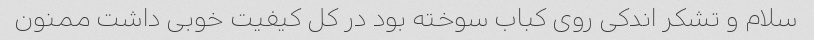
سلام و تشکر اندکی روی کباب سوخته بود در کل کیفیت خوبی داشت ممنون